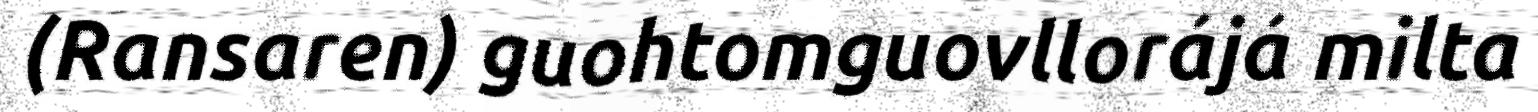
(Ransaren) guohtomguovllorájá milta